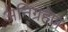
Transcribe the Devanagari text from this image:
अनिग्रहेण